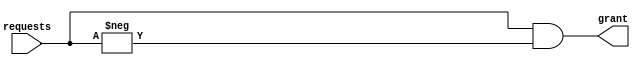
// Simple priority arbiter.
// Returns the LSB set, where bit 0 has highest priority

//`default_nettype none

module Priority_Arbiter
#(
    parameter       WORD_WIDTH          = 0
)
(
    input   wire    [WORD_WIDTH-1:0]    requests,
    output  reg     [WORD_WIDTH-1:0]    grant
);

    initial begin
        grant = 0;
    end

    always @(*) begin
        grant = requests & -requests;
    end

endmodule